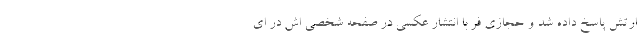
ارتش پاسخ داده شد و حجازی فر با انتشار عکسی در صفحه شخصی اش در ای